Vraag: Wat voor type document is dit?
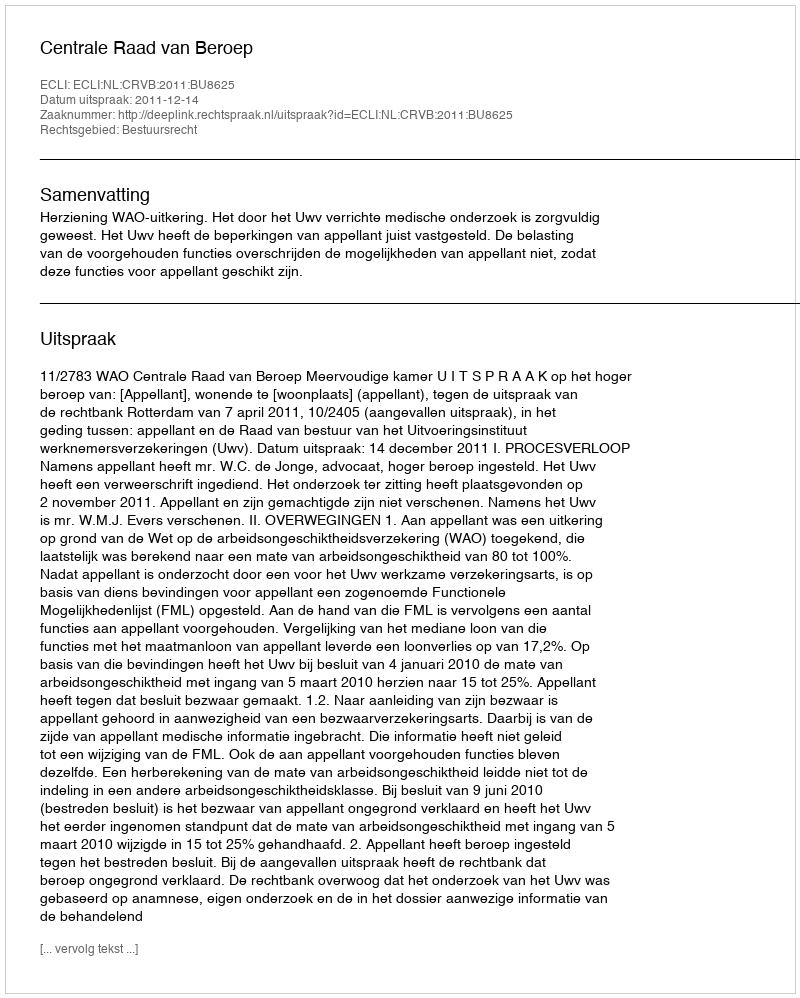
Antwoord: Uitspraak